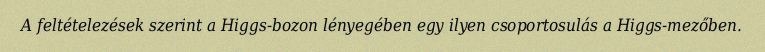
A feltételezések szerint a Higgs-bozon lényegében egy ilyen csoportosulás a Higgs-mezőben.